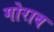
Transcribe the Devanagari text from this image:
गोराब